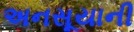
અનસૂયાની